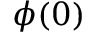
\phi ( 0 )